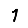
Digit: 1